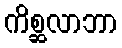
ကိစ္ဆလာဘာ